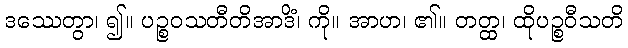
ဒဿေတွာ၊ ၍။ ပဉ္စဝသတီတိအာဒိံ၊ ကို။ အာဟ၊ ၏။ တတ္ထ၊ ထိုပဉ္စဝီသတိ